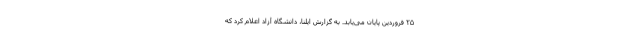
۲۵ فروردین پایان می‌یابد. به گزارش ایلنا، دانشگاه آزاد اعلام کرد که